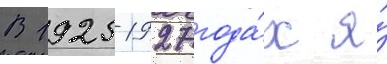
В 1925-1927 года́х я́